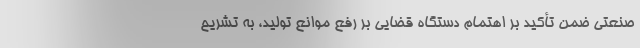
صنعتی ضمن تأکید بر اهتمام دستگاه قضایی بر رفع موانع تولید، به تشریح